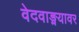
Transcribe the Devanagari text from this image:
वेदवाङ्मयावर